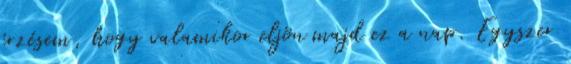
érzésem, hogy valamikor eljön majd ez a nap. Egyszer